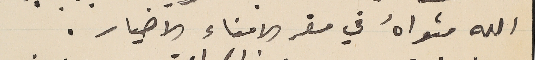
الله مثواهُ في مقر الامناء الاخيار.